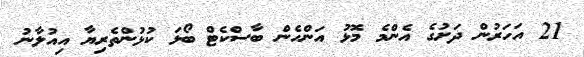
21 އަހަރުން ދަށުގެ އެންމެ މޮޅު އަންހެން ބާސްކެޓް ބޯޅަ ކުޅުންތެރިޔާ އިއުލާނު